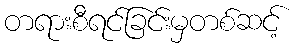
တရားစီရင်ခြင်းမှတစ်ဆင့်